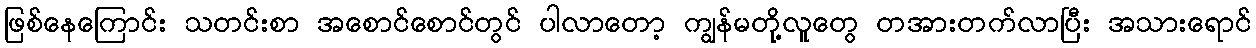
ဖြစ်နေကြောင်း သတင်းစာ အစောင်စောင်တွင် ပါလာတော့ ကျွန်မတို့လူတွေ တအားတက်လာပြီး အသားရောင်